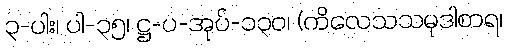
၃-ပါး၊ ပါ-၃၅၊ ဋ္ဌ-ပ-အုပ်-၁၃၀၊ (ကိလေသသမုဒါစာရ၊